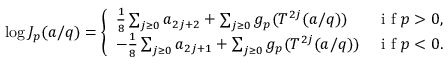
\log J _ { p } ( a / q ) = \left\{ \begin{array} { l l } { \frac { 1 } { 8 } \sum _ { j \ge 0 } a _ { 2 j + 2 } + \sum _ { j \ge 0 } g _ { p } ( T ^ { 2 j } ( a / q ) ) } & { \textrm { i f } p > 0 , } \\ { - \frac { 1 } { 8 } \sum _ { j \ge 0 } a _ { 2 j + 1 } + \sum _ { j \ge 0 } g _ { p } ( T ^ { 2 j } ( a / q ) ) } & { \textrm { i f } p < 0 . } \end{array} \right.